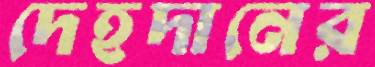
দেহদানের